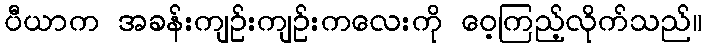
ပီယာက အခန်းကျဉ်းကျဉ်းကလေးကို ဝေ့ကြည့်လိုက်သည်။